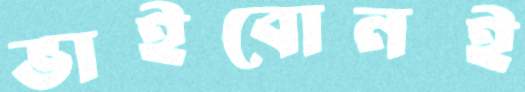
ভাইবোনই